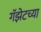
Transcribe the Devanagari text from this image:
गॅझेटच्या